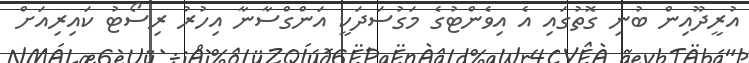
އުރީދޫއިން ބުނި ގޮތުގައި އެ އިވެންޓުގެ މަގުސަދަކީ އަންގްސާނާ އިހުރު ރިސޯޓު ކައިރިއަށް